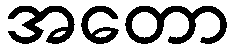
အတော